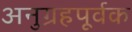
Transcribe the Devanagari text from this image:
अनुग्रहपूर्वक